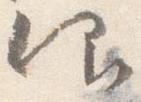
仰